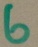
Text: 6